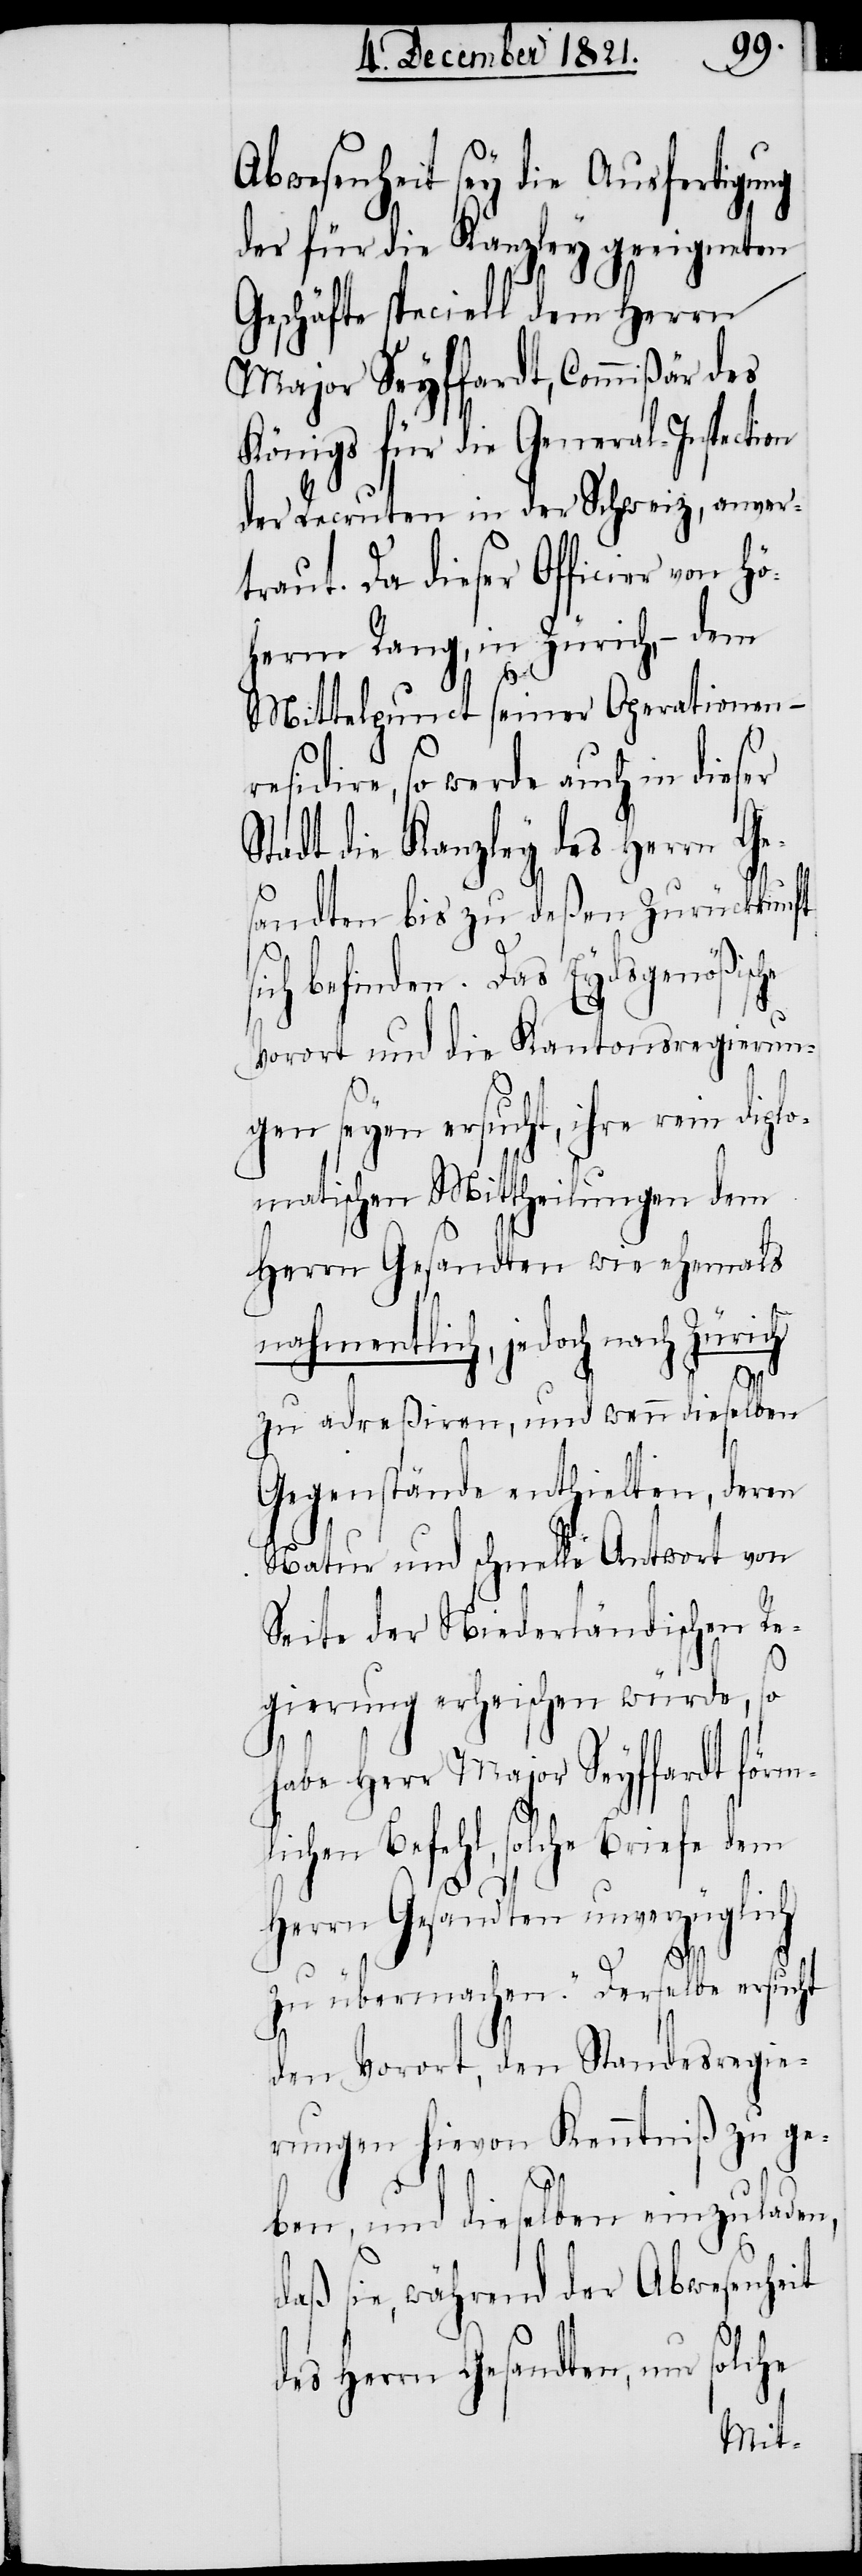
Abwesenheit sey die Ausfertigung
der für die Kanzley geeigneten
Geschäfte speciell dem Herrn
Major Seyffardt, Commißär des
Königs für die General-Inspect¬
der Recruten in der Schweiz, anver¬
traut. Da dieser Officier von h¬
öherm Rang, in Zürich, – dem
s¬
Mittelpunct seiner Operationen –
residire, so werde auch in dieser
Stadt die Kanzley des Herrn Ge¬
sandten bis zu deßen Zurückkunft
ich befinden. Das Eydsgenößische
Vorort und die Kantonsregierun¬
gen seyen ersucht, ihre rein diplo¬
matischen Mittheilungen dem
Herrn Gesandten wie ehemals
nahmentlich, jedoch nach Zürich
zu adreßiren, und wenn dieselben
Gegenstände enthielten, deren
Natur und schnelle Antwort von
Seite der Niederländischen Re¬
gierung erheischen würde, so
haber Herr Major Seyffardt förm¬
lichen Befehl, solche Briefe dem
Herrn Gesandten unverzüglich
zu übermachen.“ Derselbe ersucht
den Vorort, den Standesregie¬
rungen hievon Kenntniß zu ge¬
ben, und dieselben einzuladen,
daß sie, während der Abwesenheit
solche
des Herrn Gesandten, nur